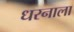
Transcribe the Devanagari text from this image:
धरनाला